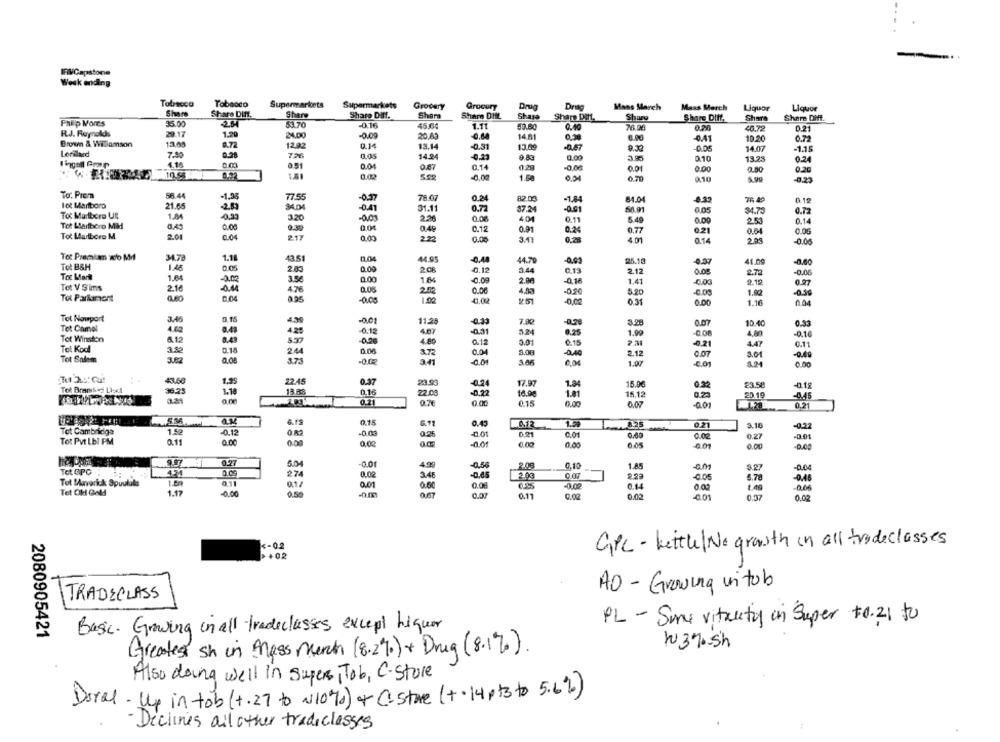
Week ending
Tobacco
Tabasco
Supermarkets
Supermarkets
Grocery
Grooury
Drug
Drie
Mans March
Mass Merch
Liquor
Liquor
Share
Share DIff.
Share
Share Diff.
Shar
Share DIE
Share
Share Dift.
Share
Share Diff,
Share
Share Diff.
Philip Morts
35.00
5370
-0.16
45.64
1.11
0.40
46.72
0.21
R.J. Reynolds
29.17
1.29
24.00
-0.00
20.49
-0.68
14.51
6.00
-0.41
10.20
0.72
Brown & Wilamson
13.45
8.72
12.92
13.14
-0.31
13.09
-0.67
0,32
-0.05
14.07
-1.15
Lorilard
7.90
0.98
14.24
-0.23
0.00
4.16.
010
13.25
0.24
0.51
0.04
0.87
0.14
0.29
-0.00
0.01
0.00
0.20
0.32
1.51
-0,00
1.68
0.70
2.10
To: Prem
56.44
-1,95
77.55
-0.77
78.07
0.24
82.03
-1.84
84.04
lot Marlboro
21.65
34.04
0.41
31.11
0.72
Tot Marlboro Ul
1.04
57.24
-0.91
0.05
34.75
0.72
3.20
220
401
0.11
5.49
2.53
0.14
Tot Laribero MIM
0.43
0.00
0.39
0.01
0.49
0.12
0.91
0.24
0.21
0.64
0.05
Tot Marlboro M
2.01
2.17
0.00
2.22
0.77
0.00
3.17
0,28
4.01
0.14
2.03
-0.00
Tot Premiam wb Mil
1.1
43.51
0.04
44.95
-0,48
44.70
25.18
Tot B&H
1.46
0.00
2.08
0.13
4.37
41.00
-0.60
2.00
0.12
2.44
2.12
0.05
2.72
-0.00
Tot Marit
1.64
3.56
0.00
1.84
-0.09
2.00
1.41
-0.03
2.12
0.27
Tet V Sims
2.16
-041
4.76
0.06
2.50
0.00
4.05
-0,50
Tot Parlament
3.60
5.20
-0.00
1.92
-0.30
0.95
-0.00
1.00
0.02
0.31
0.00
1.16
Tot Nowport
3.46
3.15
4.30
-0.01
11.28
7.90
-0.78
Tet Camel
0.33
0.07
10.40
0.33
4.60
4.25
-0.12
4.07
-0.31
5.24
6.25
1.99
-0.08
-0.16
Tot Winston
6.12
8.41
5.37
-0.00
4.80
0.12
3.01
0.15
-0.21
4,80
0.11
Tol Kodl
3.42
0.18
244
0.00
2.38
4.47
0.04
3.00
2.12
0.07
3.01
Tot Salem
3.62
373
-0.DE
3.41
-0.01
1.07
-C.01
5.24
0.00
41.60
1.95
22.45
0.37
23.96
17.97
1.84
15.00
0.32
23.58
Tot Brambes Lied
36.23
1-18
13.88
0.16
22.08
18.00
15.12
0.23
20.19
0.21
6.22
-0.45
0.76
0.00
015
0.07
-001
0.21
5.56
4.19
0.15
0.45
8.25
0.21
3.18
Tot Cambridge
1.5
-0.12
-0.22
0 82
-0.03
-0.01
0.21
0.01
0.60
0.02
0.27
-0.01
Tot PVt LbI PM
0.11
0.00
0.00
0.00
-0.01
0.00
0,00
6.05
001
0.00
-0.00
5.04
4.99
-0,50
2.08
0,10
1.85
am
9.27
-0.04
Tot OPC
274
0.00
3.4
-0.45
2.00
Tot Maverick Spuulale
1.6
01
0.1/
0.01
-0.05
6.78
-0.02
0.14
1.49
006
Tel OH Gold
1.17
-0.00
0.50
0.67
0.07
0.11
0.02
0.02
-0.01
0.02
<- 0.2
GPC - kettle| No growth in all tradeclasses
+02
AO - Growing vitob
TRADECLASS
PL - Sme vitality in Super +0.21 to
Basic. Growing in all tradeclasses, except higuer
2080905421
w 37.5h
Greatest sh in Mass Munch (8.2%) + Drug (8.1%).
Also doing well in Super, Tob, C. Store
Doral- Up in tob (+.27 to ~10%) of C Store (++ 14 pt3 to 5.6%)
Declines all other tradeclasses